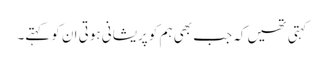
کہتی تھیں کہ جب بھی ہم کو پریشانی ہوتی ان کو کہتے۔